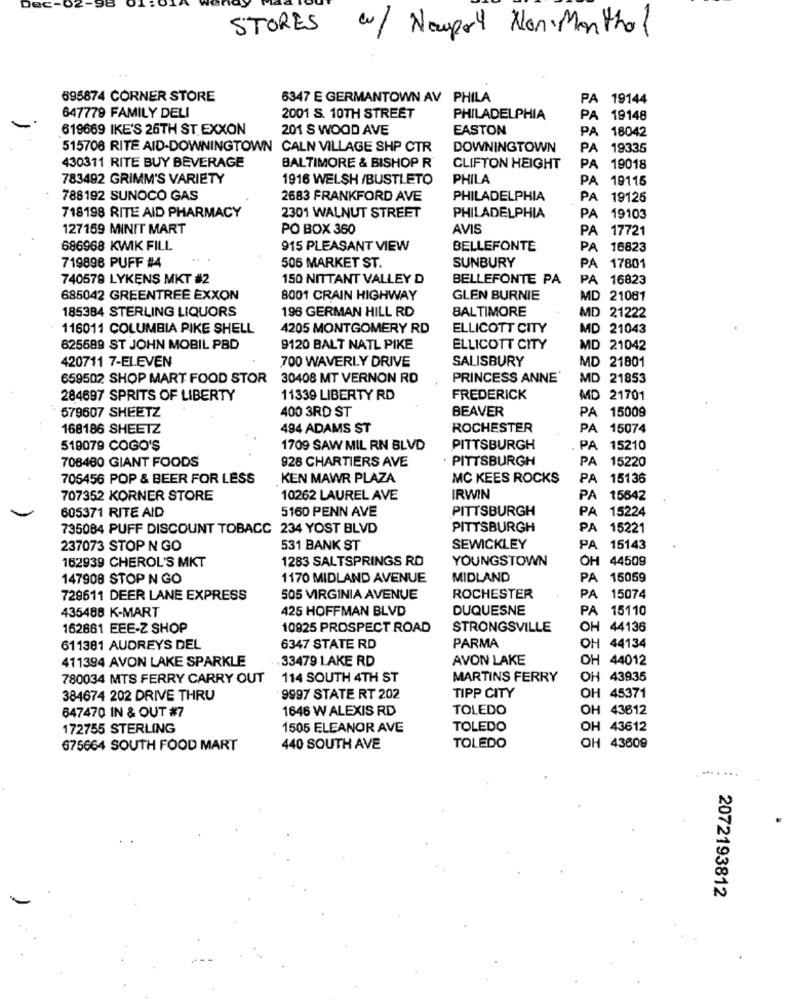
Dec-02-98
STORES
w/ Newport Non Menthol
695874 CORNER STORE
6347 E GERMANTOWN AV PHILA
PA 19144
647779 FAMILY DELI
2001 S. 10TH STREET
PHILADELPHIA
PA 19148
619669 IKE'S 26TH ST EXXON
201 S WOOD AVE
EASTON
PA 18042
515708 RITE AID-DOWNINGTOWN CALN VILLAGE SHP CTR
DOWNINGTOWN
PA 19335
430311 RITE BUY BEVERAGE
BALTIMORE & BISHOP R
CLIFTON HEIGHT
PA 19018
783492 GRIMM'S VARIETY
1916 WELSH /BUSTLETO
PHILA
PA 19115
788192 SUNOCO GAS
2683 FRANKFORD AVE
PHILADELPHIA
PA 19125
718198 RITE AID PHARMACY
2301 WALNUT STREET
PHILADELPHIA
PA 19103
127159 MINIT MART
PO BOX 360
AVIS
PA 17721
686968 KWIK FILL
915 PLEASANT VIEW
BELLEFONTE
PA 16823
719896 PUFF #4
506 MARKET ST.
SUNBURY
PA 17801
740579 LYKENS MKT #2
150 NITTANT VALLEY D
BELLEFONTE PA
PA 16823
685042 GREENTREE EXXON
8001 CRAIN HIGHWAY
GLEN BURNIE
MD 21081
185384 STERLING LIQUORS
196 GERMAN HILL RD
BALTIMORE
MD 21222
116011 COLUMBIA PIKE SHELL
4205 MONTGOMERY RD
ELLICOTT CITY
MD 21043
625689 ST JOHN MOBIL PBD
9120 BALT NATL PIKE
ELLICOTT CITY
MD 21042
420711 7-ELEVEN
700 WAVERLY DRIVE
SALISBURY
MD 21801
659502 SHOP MART FOOD STOR 30408 MT VERNON RD
PRINCESS ANNE
MD 21853
284697 SPRITS OF LIBERTY
11339 LIBERTY RD
FREDERICK
MD 21701
579607 SHEETZ
400 3RD ST
BEAVER
PA 15009
168186 SHEETZ
494 ADAMS ST
ROCHESTER
PA 15074
519079 COGO'S
1709 SAW MIL RN BLVD
PITTSBURGH
PA
15210
706460 GIANT FOODS
928 CHARTIERS AVE
PITTSBURGH
PA 15220
705456 POP & BEER FOR LESS
KEN MAWR PLAZA
MC KEES ROCKS
PA 15136
707352 KORNER STORE
10262 LAUREL AVE
IRWIN
PA 15642
605371 RITE AID
5160 PENN AVE
PITTSBURGH
PA 15224
735084 PUFF DISCOUNT TOBACC 234 YOST BLVD
PITTSBURGH
PA 15221
237073 STOP N GO
531 BANK ST
SEWICKLEY
PA 15143
162939 CHEROL'S MKT
1283 SALTSPRINGS RD
YOUNGSTOWN
OH 44509
147908 STOP N GO
1170 MIDLAND AVENUE
MIDLAND
PA 15059
729611 DEER LANE EXPRESS
505 VIRGINIA AVENUE
ROCHESTER
PA 15074
435488 K-MART
425 HOFFMAN BLVD
DUQUESNE
PA
15110
162861 EEE-Z SHOP
10925 PROSPECT ROAD
STRONGSVILLE
OH 44136
PARMA
611381 AUDREYS DEL
6347 STATE RD
OH 44134
411394 AVON LAKE SPARKLE
33479 LAKE RD
AVON LAKE
OH 44012
780034 MTS FERRY CARRY OUT
114 SOUTH 4TH ST
MARTINS FERRY
OH 43935
384674 202 DRIVE THRU
9997 STATE RT 202
TIPP CITY
OH 45371
647470 IN & OUT #7
1646 W ALEXIS RD
TOLEDO
1 43612
172755 STERLING
1505 ELEANOR AVE
TOLEDO
OH 43612
675664 SOUTH FOOD MART
440 SOUTH AVE
TOLEDO
OH 43609
...
2072193812